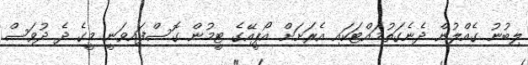
ލިބުނު ގެއްލުން ދެނެގަތުމައްޓަކައި އެރަށަށް އޯޕީއޭގެ ޓީމުން ގޮސްފައިވަނީ މީގެ ދެ ދުވަސް